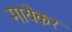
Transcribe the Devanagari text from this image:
मायेकर